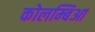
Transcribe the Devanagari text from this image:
कोलम्बिआ